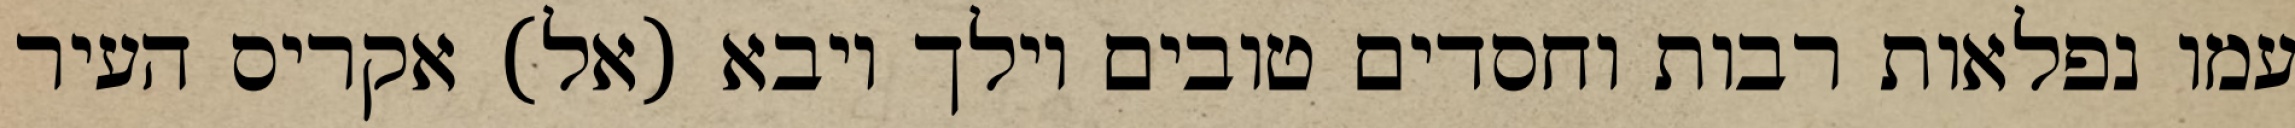
עמו נפלאות רבות וחסדים טובים וילך ויבא (אל) אקריס העיר